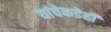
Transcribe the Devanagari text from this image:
यांचेकडेही